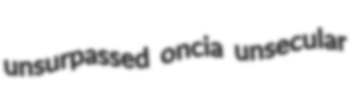
unsurpassed oncia unsecular